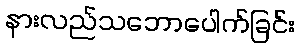
နားလည်သဘောပေါက်ခြင်း